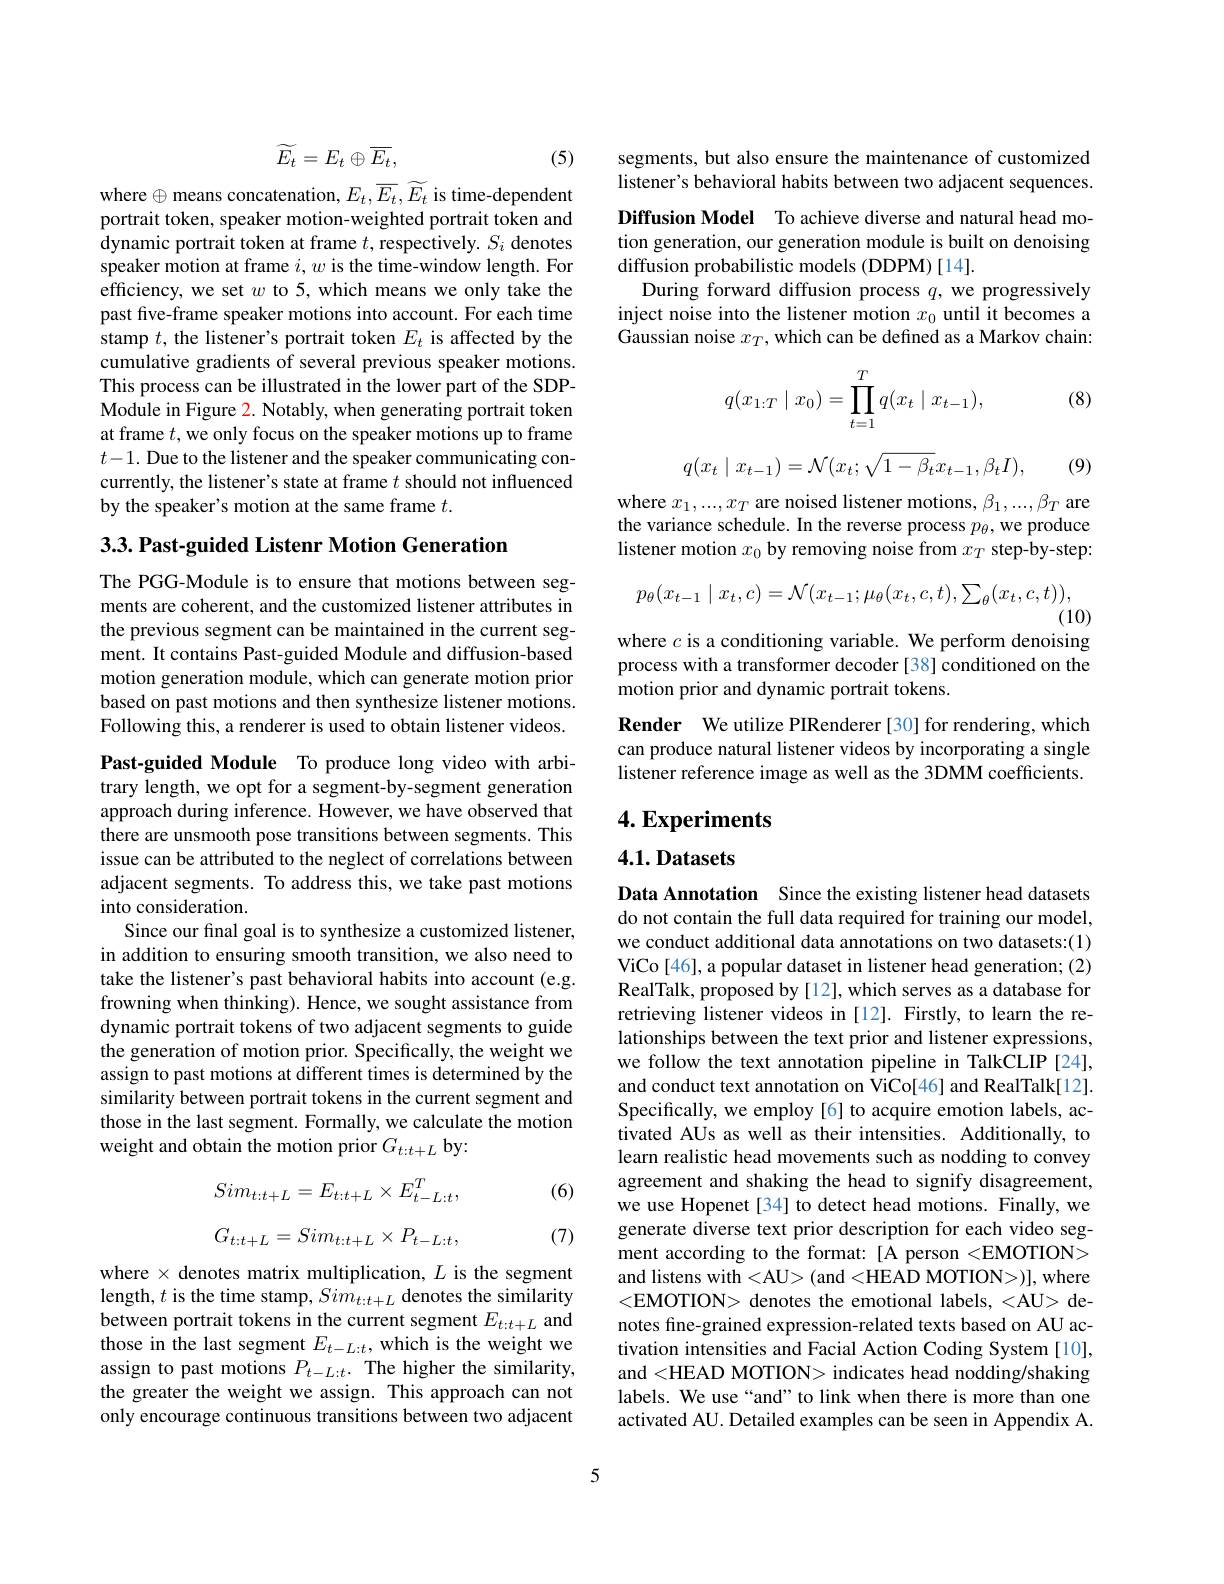
$$\widetilde{E_t}=E_t\oplus\overline{E_t},$$
(5)

where $\oplus$ means concatenation, $E_t,\overline{E}_t,\widetilde{E}_t$ is time-dependent portrait token, speaker motion-weighted portrait token and dynamic portrait token at frame $t$, respectively. $S_i$ denotes speaker motion at frame $i,w$ is the time-window length. For efficiency, we set $w$ to 5, which means we only take the past five-frame speaker motions into account. For each time stamp $t$, the listener's portrait token $E_t$ is affected by the cumulative gradients of several previous speaker motions. This process can be illustrated in the lower part of the SDP- $\hat{\text{Module in Figure 2. Notably, when generating portrait token}}$ at frame $t$, we only focus on the speaker motions up to frame $t-1.$ Due to the listener and the speaker communicating concurrently, the listener's state at frame $t$ should not influenced by the speaker's motion at the same frame $t.$

3.3. Past-guided Listenr Motion Generation

The PGG-Module is to ensure that motions between segments are coherent, and the customized listener attributes in the previous segment can be maintained in the current segment. It contains Past-guided Module and diffusion-based motion generation module, which can generate motion prior based on past motions and then synthesize listener motions. Following this, a renderer is used to obtain listener videos.

Past-guided Module To produce long video with arbitrary length, we opt for a segment-by-segment generation approach during inference. However, we have observed that there are unsmooth pose transitions between segments. This issue can be attributed to the neglect of correlations between adjacent segments. To address this, we take past motions into consideration.
Since our final goal is to synthesize a customized listener, in addition to ensuring smooth transition, we also need to take the listener's past behavioral habits into account (e.g. frowning when thinking). Hence, we sought assistance from dynamic portrait tokens of two adjacent segments to guide the generation of motion prior. Specifically, the weight we assign to past motions at different times is determined by the similarity between portrait tokens in the current segment and those in the last segment. Formally, we calculate the motion weight and obtain the motion prior $G_t:t+L$ by:

(6)
$$Sim_{t:t+L}=E_{t:t+L}\times E_{t-L:t}^{T},$$
$$G_{t:t+L}=Sim_{t:t+L}\times P_{t-L:t},$$
(7)

where $\times$ denotes matrix multiplication, $L$ is the segment length, $t$ is the time stamp, $Sim_{t:t+L}$ denotes the similarity between portrait tokens in the current segment $E_t:t+L$ and those in the last segment $E_{t-L:t}$, which is the weight we assign to past motions $P_{t-L:t}.$ The higher the similarity, the greater the weight we assign. This approach can not only encourage continuous transitions between two adjacent

segments, but also ensure the maintenance of customized listener's behavioral habits between two adjacent sequences Diffusion Model To achieve diverse and natural head motion generation, our generation module is built on denoising diffusion probabilistic models (DDPM)[14].
During forward diffusion process $q$, we progressively inject noise into the listener motion $x_0$ until it becomes a Gaussian noise $x_T$,which can be defined as a Markov chain:

(8)
$$q(x_{1:T}\mid x_0)=\prod_{t=1}^Tq(x_t\mid x_{t-1}),$$
$$q(x_t\mid x_{t-1})=\mathcal{N}(x_t;\sqrt{1-\beta_t}x_{t-1},\beta_tI),$$
(9)

where $x_1,...,x_T$ are noised listener motions, $\beta_1,...,\beta_T$ are the variance schedule. In the reverse process $p_\theta$, we produce listener motion $x_0$ by removing noise from $x_T$ step-by-step:
$$p_\theta(x_{t-1}\mid x_t,c)=\mathcal{N}(x_{t-1};\mu_\theta(x_t,c,t),\sum_\theta(x_t,c,t)),$$
(10)

where $c$ is a conditioning variable. We perform denoising process with a transformer decoder [38] conditioned on the motion prior and dynamic portrait tokens.
Render We utilize PIRenderer [30] for rendering, which can produce natural listener videos by incorporating a single listener reference image as well as the 3DMM coefficients.

## $4. \textbf{Experiments}$

4.1.Datasets

Data Annotation Since the existing listener head datasets do not contain the full data required for training our model, we conduct additional data annotations on two datasets:(1) ViCo[46], a popular dataset in listener head generation; (2) RealTalk, proposed by[12], which serves as a database for retrieving listener videos in [12]. Firstly, to learn the relationships between the text prior and listener expressions, we follow the text annotation pipeline in TalkCLIP [24], and conduct text annotation on ViCo[46] and RealTalk[12]. Specifically, we employ [6] to acquire emotion labels, activated AUs as well as their intensities. Additionally, to learn realistic head movements such as nodding to convey agreement and shaking the head to signify disagreement, we use Hopenet [34] to detect head motions. Finally, we generate diverse text prior description for each video segment according to the format: [A person <EMOTION> and listens with <AU> (and <HEAD MOTION>)], where <EMOTION> denotes the emotional labels, <AU> denotes fine-grained expression-related texts based on AU activation intensities and Facial Action Coding System [10], and <HEAD MOTION> indicates head nodding/shaking labels. We use“and”to link when there is more than one activated AU. Detailed examples can be seen in Appendix A

5